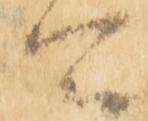
所